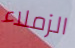
الزملاء